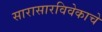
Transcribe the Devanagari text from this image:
सारासारविवेकाचे